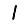
Digit: 1